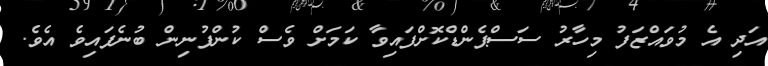
އަދި އެ މުވައްޒަފު މިހާރު ސަސްޕެންޑްކޮށްފައިވާ ކަމަށް ވެސް ކުންފުނިން ބުނެފައިވެ އެވެ.